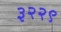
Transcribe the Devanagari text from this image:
३२२९